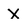
Character: X